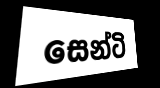
සෙන්ටි